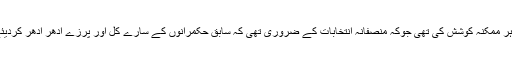
حالانکہ نگراں حکومت اور الیکشن کمیشن نےہر ممکنہ کوشش کی تھی جوکہ منصفانہ انتخابات کے ضروری تھی کہ سابق حکمرانوں کے سارے کل اور پرزے ادھر ادھر کردیئے جائیں مگر پھر بھی کہیں وہ باقی بچ گئے ؟